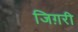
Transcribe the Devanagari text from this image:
जिग़री